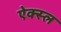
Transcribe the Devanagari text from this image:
ऐक्स्ल